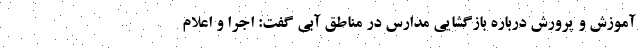
آموزش و پرورش درباره بازگشایی مدارس در مناطق آبی گفت: اجرا و اعلام